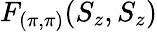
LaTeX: F_{(\pi,\pi)}(S_{z},S_{z})